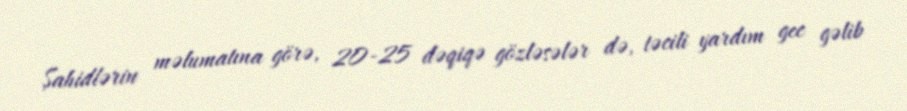
Şahidlərin məlumatına görə, 20-25 dəqiqə gözləsələr də, təcili yardım gec gəlib